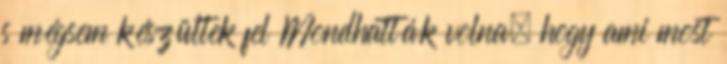
s mégsem készültek fel Mondhatták volna, hogy ami most